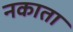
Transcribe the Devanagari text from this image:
नकाता